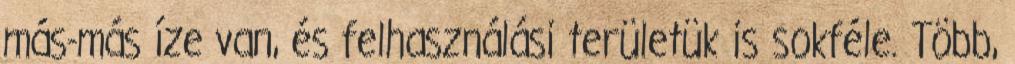
más-más íze van, és felhasználási területük is sokféle. Több,